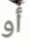
أو